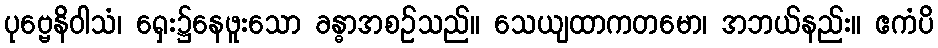
ပုဗ္ဗေနိဝါသံ၊ ရှေး၌နေဖူးသော ခန္ဓာအစဉ်သည်။ သေယျထာကတမော၊ အဘယ်နည်း။ ဧကံပိ